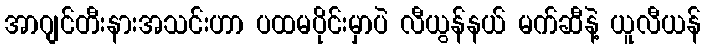
အာဂျင်တီးနားအသင်းဟာ ပထမပိုင်းမှာပဲ လီယွန်နယ် မက်ဆီနဲ့ ယူလီယန်